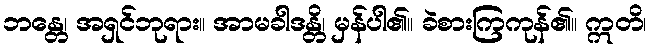
ဘန္တေ၊ အရှင်ဘုရား။ အာမခါဒန္တိ၊ မှန်ပါ၏။ ခဲစားကြကုန်၏။ ဣတိ၊